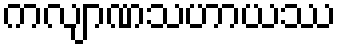
ကလျာဏသဟာယဿ